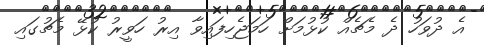
އެ ދުވަހު ދެ މެޗެއް ކުޅުމަށް ހަމަޖެހިފައިވާ އިރު ހަވީރު ކުޅޭ މެޗުގައި